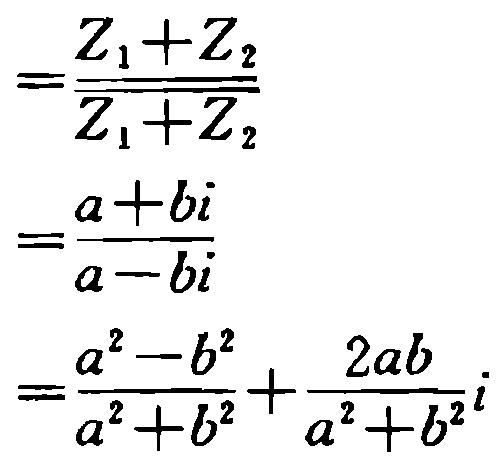
\[
\begin{align*}
&=\frac{Z_1 + Z_2}{\overline{Z_1 + Z_2}}\\
&=\frac{a + bi}{a - bi}\\
&=\frac{a^{2}-b^{2}}{a^{2}+b^{2}}+\frac{2ab}{a^{2}+b^{2}}i
\end{align*}
\]